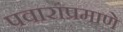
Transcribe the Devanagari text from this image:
पवारांप्रमाणे